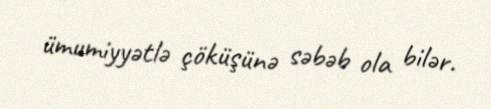
ümumiyyətlə çöküşünə səbəb ola bilər.